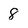
Character: 8